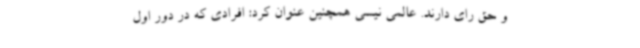
و حق رای دارند. عالمی نیسی همچنین عنوان کرد: افرادی که در دور اول